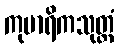
ကုမာရိကသုတ္တံ